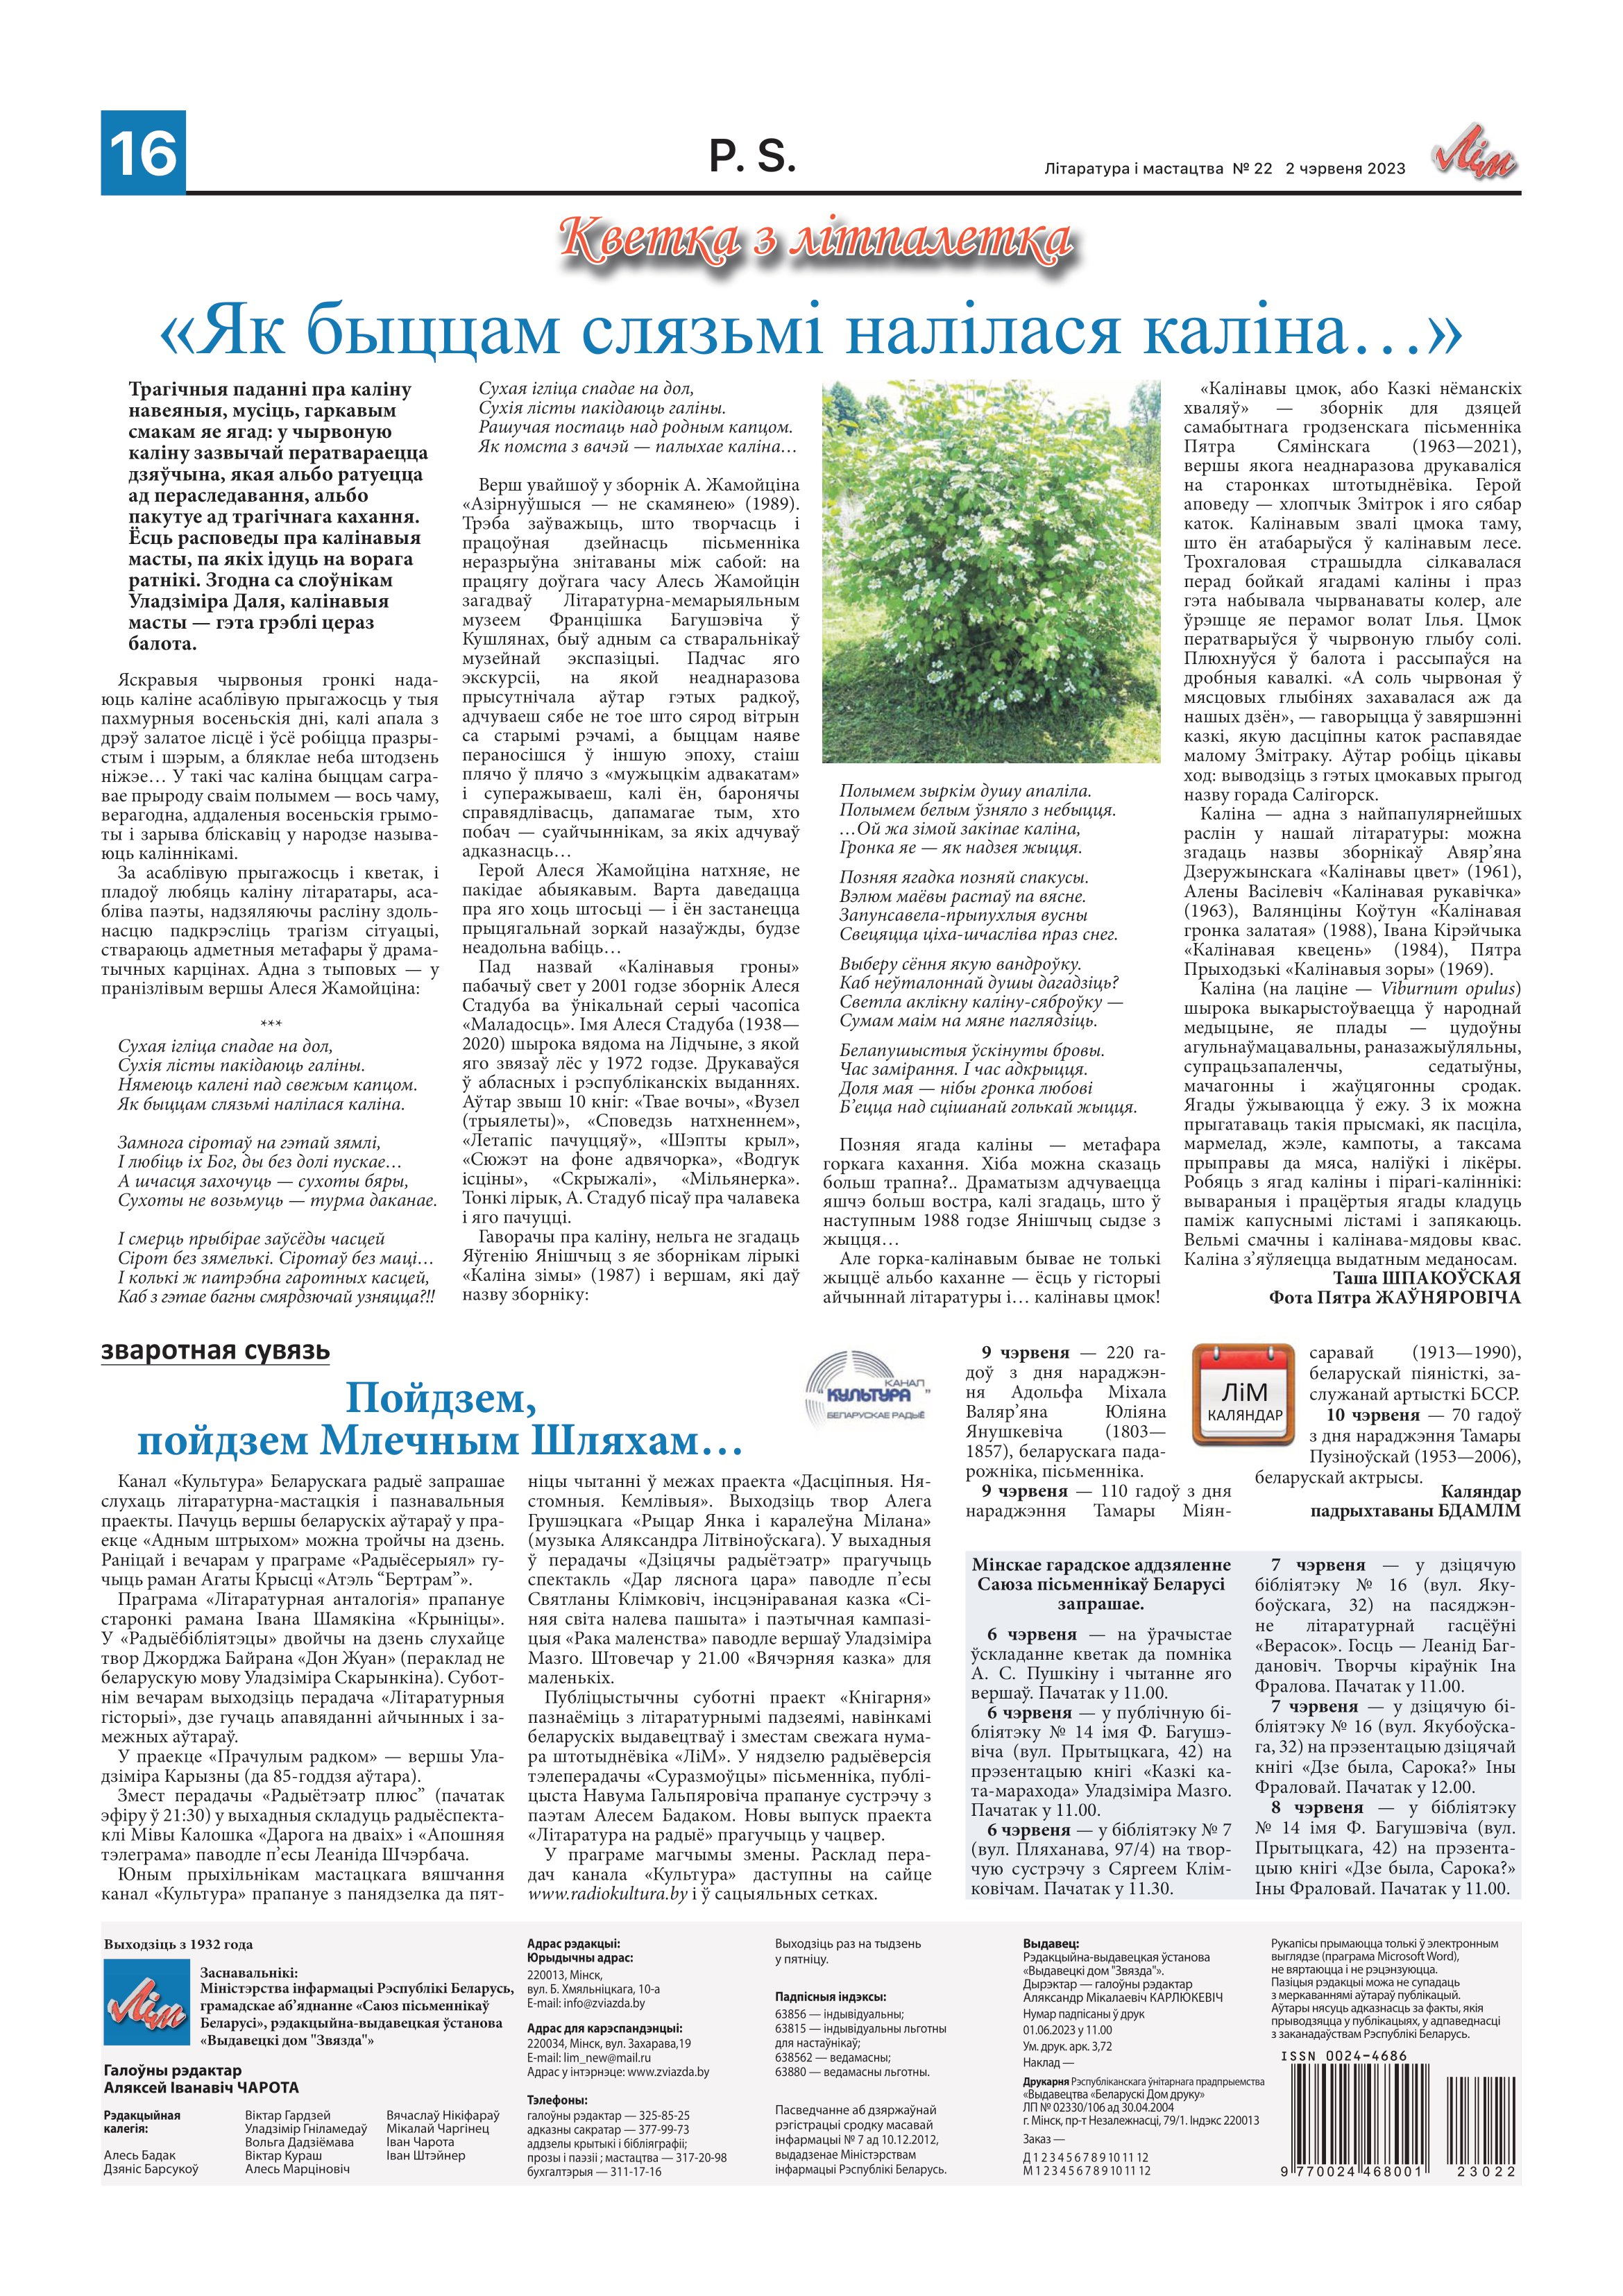
Language: be